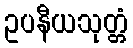
ဥပနီယသုတ္တံ